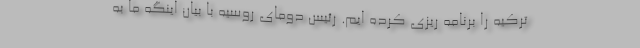
ترکیه را برنامه ریزی کرده ایم. رئیس دومای روسیه با بیان اینگه ما به